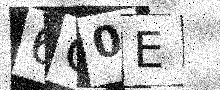
Text: 6O0E